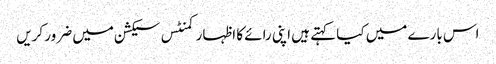
اس بارے میں کیا کہتے ہیں اپنی رائے کا اظہار کمنٹس سیکشن میں ضرور کریں